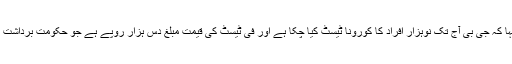
انہوں نے کہا کہ جی بی آج تک نوہزار افراد کا کورونا ٹیسٹ کیا چکا ہے اور فی ٹیسٹ کی قیمت مبلغ دس ہزار روپے ہے جو حکومت برداشت کررہی ہے۔